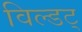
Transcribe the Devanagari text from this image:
विल्डट्